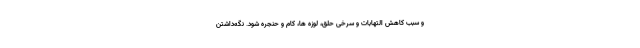
و سبب کاهش التهابات و سرخی حلق، لوزه ها، کام و حنجره شود. نگه‌داشتن